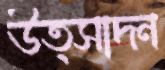
উত্সাদন